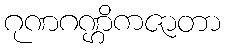
ဂုဏဂဏ္ဌိကဇာတာ